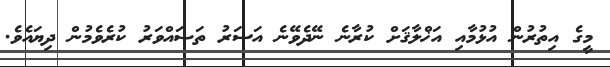
މީގެ އިތުރުން އުޅުމާއި އަޚްލާޤަށް ކުރާނެ ނޭދެވޭނެ އަސަރު ތަޞައްވަރު ކުރެވެމުން ދިޔައެވެ.